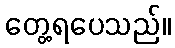
တွေ့ရပေသည်။